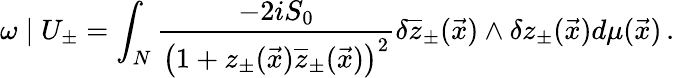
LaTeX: \omega\mid U_{\pm}=\int_{N}\frac{-2iS_{0}}{\left(1+z_{\pm}(\vec{x})\overline{{{z}}}_{\pm}(\vec{x})\right)^{2}}\delta\overline{{{z}}}_{\pm}(\vec{x})\wedge\delta z_{\pm}(\vec{x})d\mu(\vec{x})\, .